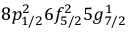
8 p _ { 1 / 2 } ^ { 2 } 6 f _ { 5 / 2 } ^ { 2 } 5 g _ { 7 / 2 } ^ { 1 }